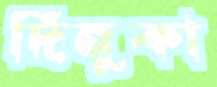
দিনুকা